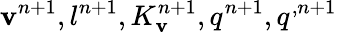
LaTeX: \mathbf v^{n+1},l^{n+1},K_{\mathbf v}^{n+1},q^{n+1},q^{,n+1}